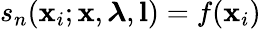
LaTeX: s_{n}(\mathbf{x}_{i};\mathbf{x},\boldsymbol{\lambda},\mathbf{l})=f(\mathbf{x}_{i})